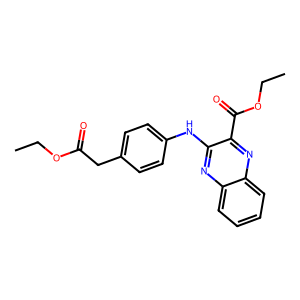
SMILES: CCOC(=O)Cc1ccc(Nc2nc3ccccc3nc2C(=O)OCC)cc1
Inhibits HIV replication: Yes